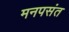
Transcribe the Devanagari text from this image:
मनपसंत